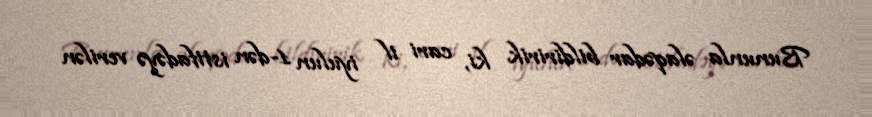
Bununla əlaqədar bildiririk ki, cari il iyulun 1-dən istifadəyə verilən